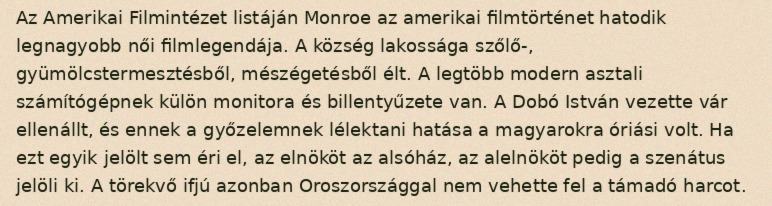
Az Amerikai Filmintézet listáján Monroe az amerikai filmtörténet hatodik legnagyobb női filmlegendája. A község lakossága szőlő-, gyümölcstermesztésből, mészégetésből élt. A legtöbb modern asztali számítógépnek külön monitora és billentyűzete van. A Dobó István vezette vár ellenállt, és ennek a győzelemnek lélektani hatása a magyarokra óriási volt. Ha ezt egyik jelölt sem éri el, az elnököt az alsóház, az alelnököt pedig a szenátus jelöli ki. A törekvő ifjú azonban Oroszországgal nem vehette fel a támadó harcot.